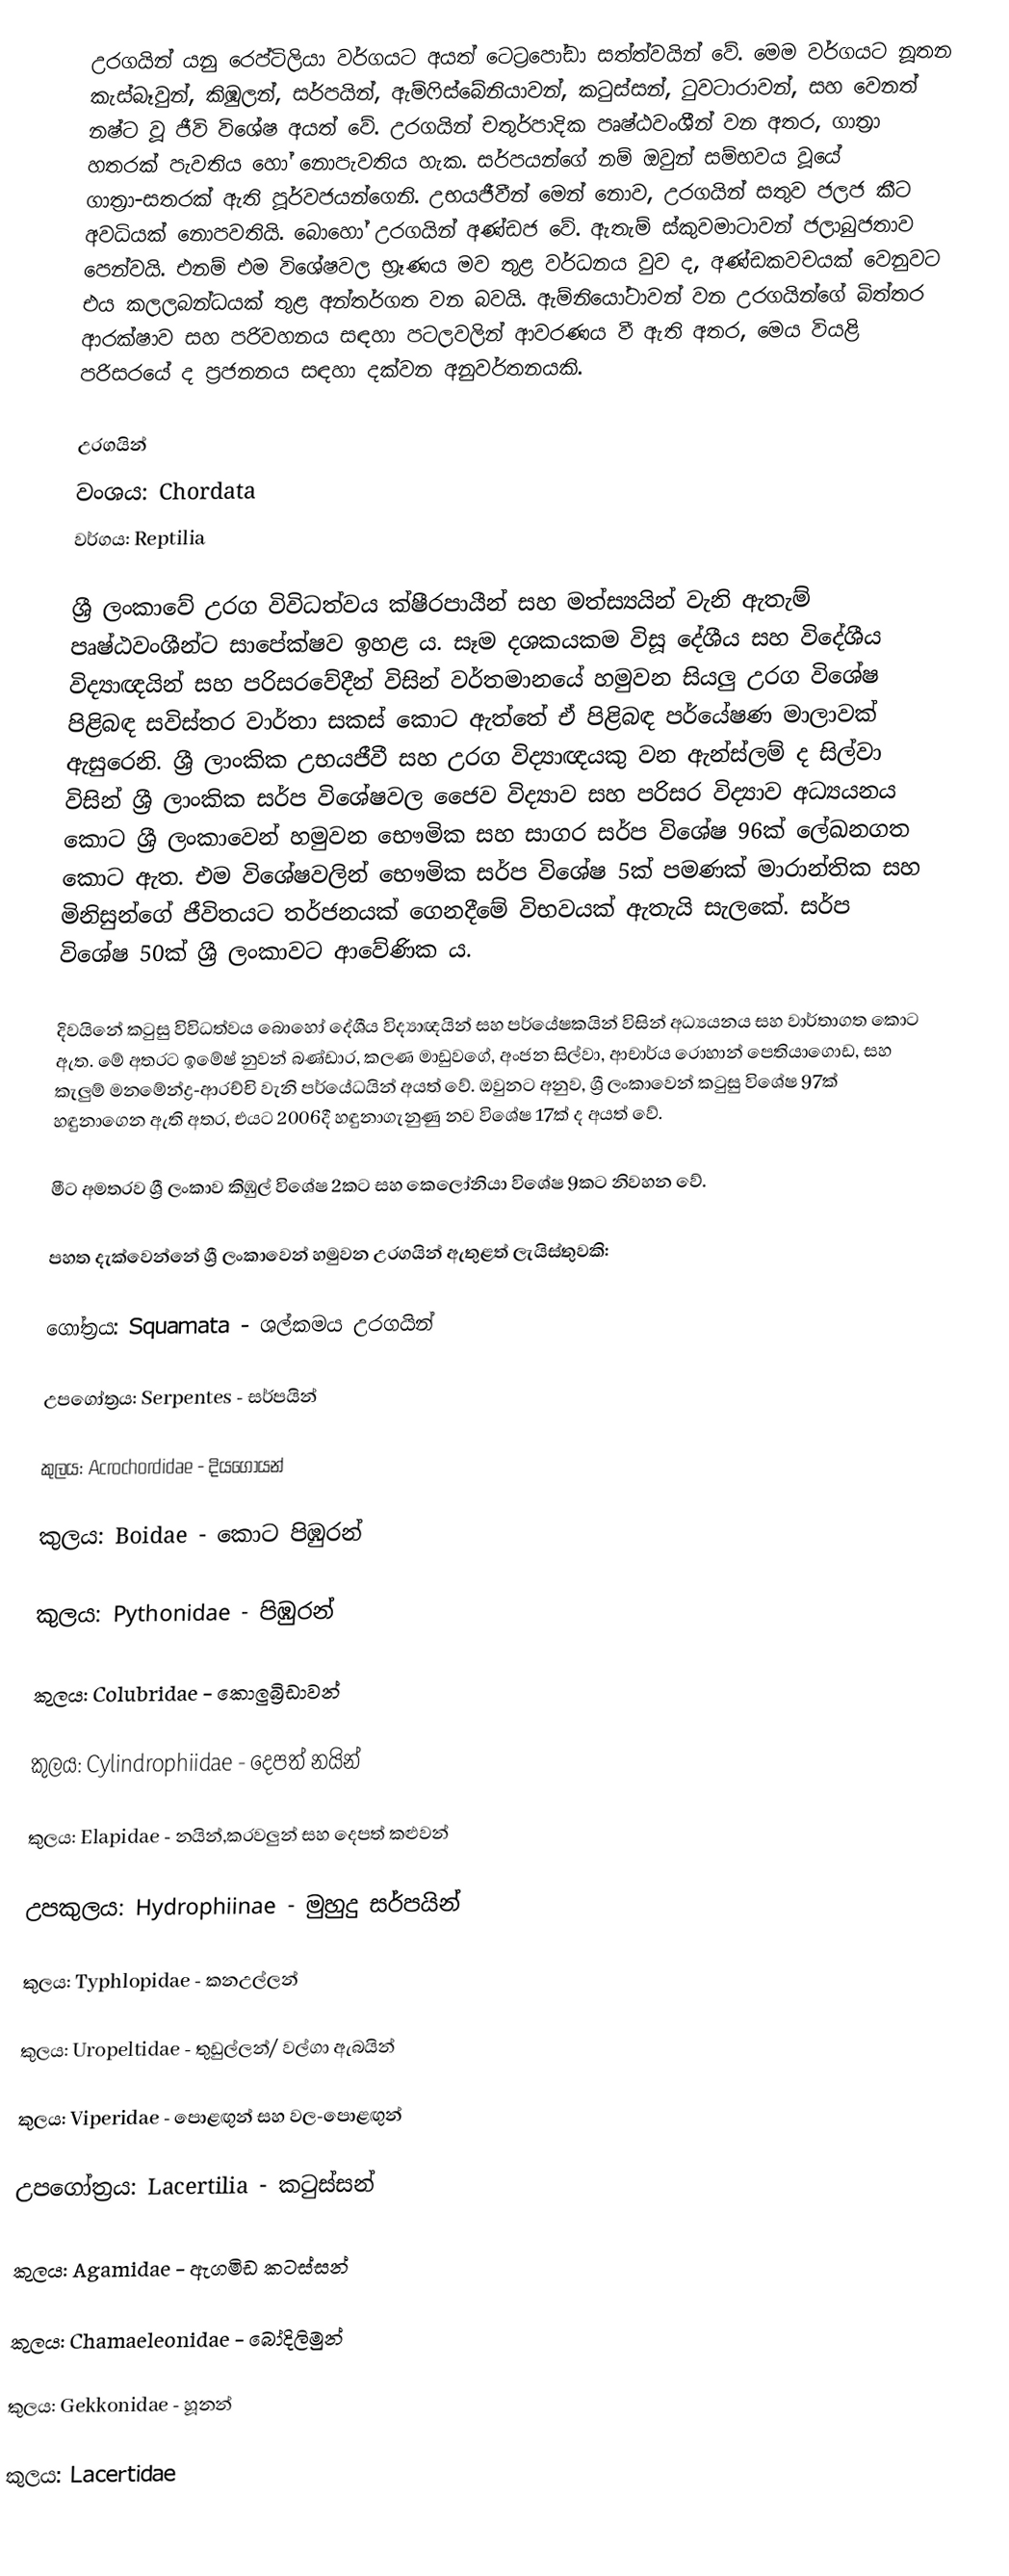
උරගයින් යනු රෙප්ටිලියා වර්ගයට අයත් ටෙට්‍රපෝඩා සත්ත්වයින් වේ. මෙම වර්ගයට නූතන කැස්බෑවුන්, කිඹුලන්, සර්පයින්, ඇම්ෆිස්බේනියාවන්, කටුස්සන්, ටුවටාරාවන්, සහ වෙනත් නෂ්ට වූ ජීවි විශේෂ අයත් වේ. උරගයින් චතුර්පාදික පෘෂ්ඨවංශීන් වන අතර, ගාත්‍රා හතරක් පැවතිය හෝ නොපැවතිය හැක. සර්පයන්ගේ නම් ඔවුන් සම්භවය වූයේ ගාත්‍රා-සතරක් ඇති පූර්වජයන්ගෙනි. උභයජීවීන් මෙන් නොව, උරගයින් සතුව ජලජ කීට අවධියක් නොපවතියි. බොහෝ උරගයින් අණ්ඩජ වේ. ඇතැම් ස්කුවමාටාවන් ජලාබුජතාව පෙන්වයි.  එනම් එම විශේෂවල භ්‍රෑණය මව තුළ වර්ධනය වුව ද, අණ්ඩකවචයක් වෙනුවට එය කලලබන්ධයක් තුළ අන්තර්ගත වන බවයි. ඇම්නියෝටාවන් වන උරගයින්ගේ බිත්තර ආරක්ෂාව සහ පරිවහනය සඳහා පටලවලින් ආවරණය වී ඇති අතර, මෙය වියළි පරිසරයේ ද ප්‍රජනනය සඳහා දක්වන අනුවර්තනයකි.

උරගයින්
වංශය: Chordata
වර්ගය: Reptilia

ශ්‍රී ලංකාවේ උරග විවිධත්වය ක්ෂීරපායීන් සහ මත්ස්‍යයින් වැනි ඇතැම් පෘෂ්ඨවංශීන්ට සාපේක්ෂව ඉහළ ය. සෑම දශකයකම විසූ දේශීය සහ විදේශීය විද්‍යාඥයින් සහ පරිසරවේදීන් විසින් වර්තමානයේ හමුවන සියලු උරග විශේෂ පිළිබඳ සවිස්තර වාර්තා සකස් කොට ඇත්තේ ඒ පිළිබඳ පර්යේෂණ මාලාවක් ඇසුරෙනි. ශ්‍රී ලාංකික උභයජීවී සහ උරග විද්‍යාඥයකු වන ඇන්ස්ලම් ද සිල්වා විසින් ශ්‍රී ලාංකික සර්ප විශේෂවල ජෛව විද්‍යාව සහ පරිසර විද්‍යාව අධ්‍යයනය කොට ශ්‍රී ලංකාවෙන් හමුවන භෞමික සහ සාගර සර්ප විශේෂ 96ක් ලේඛනගත කොට ඇත. එම විශේෂවලින් භෞමික සර්ප විශේෂ 5ක් පමණක් මාරාන්තික සහ මිනිසුන්ගේ ජීවිතයට තර්ජනයක් ගෙනදීමේ විභවයක් ඇතැයි සැලකේ. සර්ප විශේෂ 50ක් ශ්‍රී ලංකාවට ආවේණික ය.

දිවයිනේ කටුසු විවිධත්වය බොහෝ දේශීය විද්‍යාඥයින් සහ පර්යේෂකයින් විසින් අධ්‍යයනය සහ වාර්තාගත කොට ඇත. මේ අතරට ඉමේෂ් නුවන් බණ්ඩාර, කලණ මාඩුවගේ, අංජන සිල්වා, ආචාර්ය රොහාන් පෙතියාගොඩ, සහ කැලුම් මනමේන්ද්‍ර-ආරච්චි වැනි පර්යේධයින් අයත් වේ. ඔවුනට අනුව, ශ්‍රී ලංකාවෙන් කටුසු විශේෂ 97ක් හඳුනාගෙන ඇති අතර, එයට 2006දී හඳුනාගැනුණු නව විශේෂ 17ක් ද අයත් වේ.

මීට අමතරව ශ්‍රී ලංකාව කිඹුල් විශේෂ 2කට සහ කෙලෝනියා විශේෂ 9කට නිවහන වේ.

පහත දැක්වෙන්නේ ශ්‍රී ලංකාවෙන් හමුවන උරගයින් ඇතුළත් ලැයිස්තුවකි:

ගෝත්‍රය: Squamata - ශල්කමය උරගයින්

උපගෝත්‍රය: Serpentes - සර්පයින්

කුලය: Acrochordidae - දියගොයන්

කුලය: Boidae - කොට පිඹුරන්

කුලය: Pythonidae - පිඹුරන්

කුලය: Colubridae - කොලුබ්‍රිඩාවන්

කුලය: Cylindrophiidae - දෙපත් නයින්

කුලය: Elapidae - නයින්,කරවලුන් සහ දෙපත් කළුවන්

උපකුලය: Hydrophiinae - මුහුදු සර්පයින්

කුලය: Typhlopidae - කනඋල්ලන්

කුලය: Uropeltidae - තුඩුල්ලන්/ වල්ගා ඇබයින්

කුලය: Viperidae - පොළඟුන් සහ වල-පොළඟුන්

උපගෝත්‍රය: Lacertilia - කටුස්සන්

කුලය: Agamidae - ඇගමිඩ කටස්සන්

කුලය: Chamaeleonidae - බෝදිලිමුන්

කුලය: Gekkonidae - හූනන්

කුලය: Lacertidae